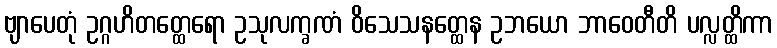
ဗျာပေတုံ ဥဂ္ဂဟိတတ္ထေရော ဥသုလက္ခဏံ ဝိသေသနတ္ထေန ဥဘယော ဘာဝေတီတိ ပလ္လတ္ထိကာ